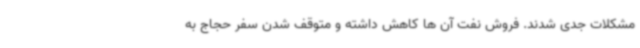
مشکلات جدی شدند. فروش نفت آن ها کاهش داشته و متوقف شدن سفر حجاج به